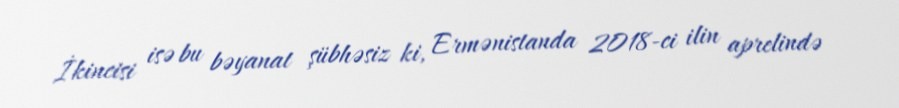
İkincisi isə bu bəyanat şübhəsiz ki, Ermənistanda 2018-ci ilin aprelində